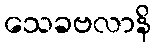
သေခဗလာနိ